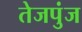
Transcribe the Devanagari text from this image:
तेजपुंज